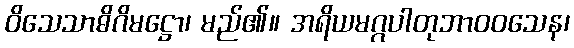
ဝိသေသာဓိဂိမဋ္ဌော၊ မည်၏။ အရိယမဂ္ဂပါတုဘာဝဝသေန၊